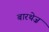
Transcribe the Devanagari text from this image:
बारथेज़